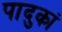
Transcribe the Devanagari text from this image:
पादुकां